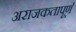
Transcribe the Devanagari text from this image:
अराजकतापूर्ण